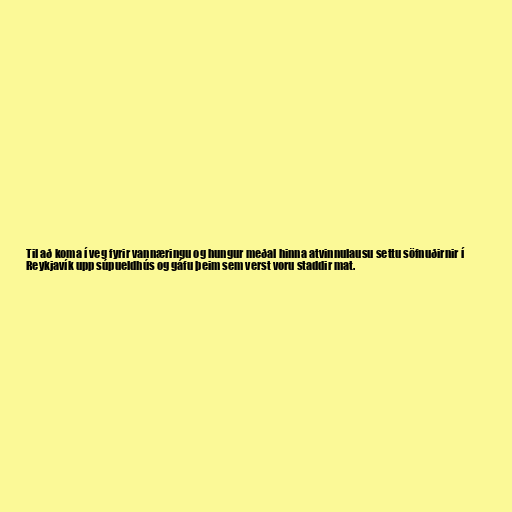
Til að koma í veg fyrir vannæringu og hungur meðal hinna atvinnulausu settu söfnuðirnir í
Reykjavík upp súpueldhús og gáfu þeim sem verst voru staddir mat.